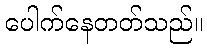
ပေါက်နေတတ်သည်။